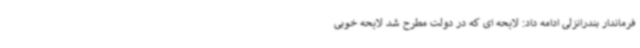
فرماندار بندرانزلی ادامه داد: لایحه ای که در دولت مطرح شد لایحه خوبی